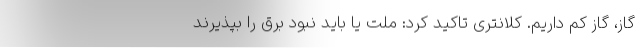
گاز، گاز کم داریم. کلانتری تاکید کرد: ملت یا باید نبود برق را بپذیرند